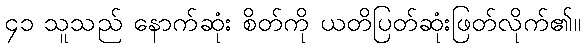
၄၁ သူသည် နောက်ဆုံး စိတ်ကို ယတိပြတ်ဆုံးဖြတ်လိုက်၏။